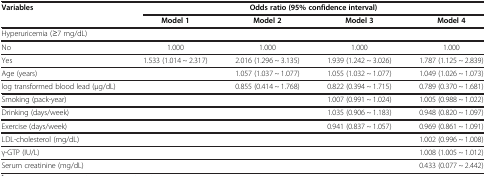
<table><thead><tr><td rowspan="2"><b>Variables</b></td><td colspan="4"><b>Odds ratio (95% confidence interval)</b></td></tr><tr><td><b>Model 1</b></td><td><b>Model 2</b></td><td><b>Model 3</b></td><td><b>Model 4</b></td></tr></thead><tbody><tr><td>Hyperuricemia (≥7 mg/dL)</td><td> </td><td> </td><td> </td><td> </td></tr><tr><td>No</td><td>1.000</td><td>1.000</td><td>1.000</td><td>1.000</td></tr><tr><td>Yes</td><td>1.533 (1.014 ~ 2.317)</td><td>2.016 (1.296 ~ 3.135)</td><td>1.939 (1.242 ~ 3.026)</td><td>1.787 (1.125 ~ 2.839)</td></tr><tr><td>Age (years)</td><td> </td><td>1.057 (1.037 ~ 1.077)</td><td>1.055 (1.032 ~ 1.077)</td><td>1.049 (1.026 ~ 1.073)</td></tr><tr><td>log transformed blood lead (μg/dL)</td><td> </td><td>0.855 (0.414 ~ 1.768)</td><td>0.822 (0.394 ~ 1.715)</td><td>0.789 (0.370 ~ 1.681)</td></tr><tr><td>Smoking (pack-year)</td><td> </td><td> </td><td>1.007 (0.991 ~ 1.024)</td><td>1.005 (0.988 ~ 1.022)</td></tr><tr><td>Drinking (days/week)</td><td> </td><td> </td><td>1.035 (0.906 ~ 1.183)</td><td>0.948 (0.820 ~ 1.097)</td></tr><tr><td>Exercise (days/week)</td><td> </td><td> </td><td>0.941 (0.837 ~ 1.057)</td><td>0.969 (0.861 ~ 1.091)</td></tr><tr><td>LDL-cholesterol (mg/dL)</td><td> </td><td> </td><td> </td><td>1.002 (0.996 ~ 1.008)</td></tr><tr><td>γ-GTP (IU/L)</td><td> </td><td> </td><td> </td><td>1.008 (1.005 ~ 1.012)</td></tr><tr><td>Serum creatinine (mg/dL)</td><td> </td><td> </td><td> </td><td>0.433 (0.077 ~ 2.442)</td></tr></tbody></table>